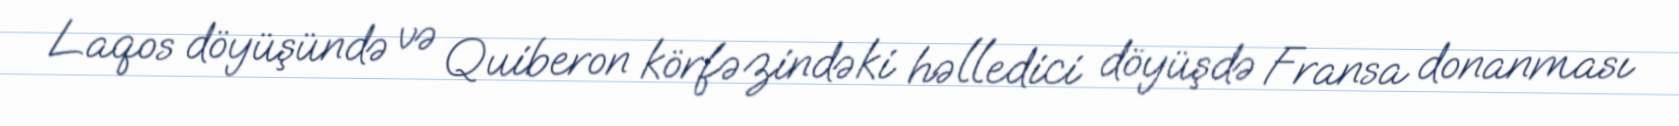
Laqos döyüşündə və Quiberon körfəzindəki həlledici döyüşdə Fransa donanması